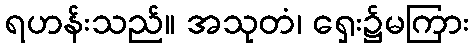
ရဟန်းသည်။ အသုတံ၊ ရှေး၌မကြား